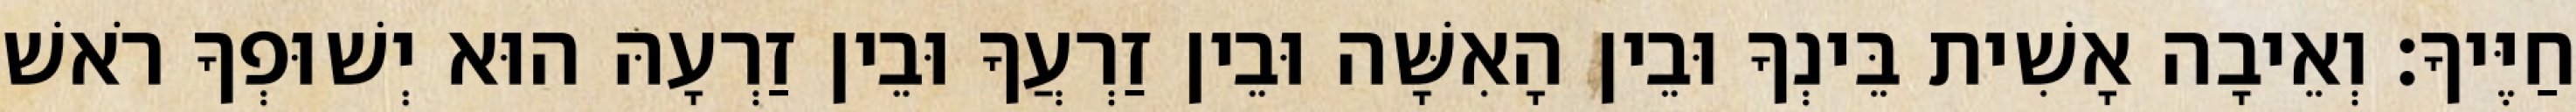
חַיֶּיךָ׃ וְאֵיבָה אָשִׁית בֵּינְךָ וּבֵין הָאִשָּׁה וּבֵין זַרְעֲךָ וּבֵין זַרְעָהּ הוּא יְשׁוּפְךָ רֹאשׁ